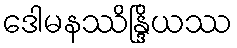
ဒေါမနဿိန္ဒြိယဿ